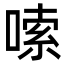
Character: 嗦